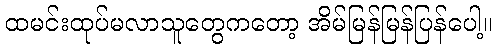
ထမင်းထုပ်မလာသူတွေကတော့ အိမ်မြန်မြန်ပြန်ပေါ့။